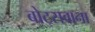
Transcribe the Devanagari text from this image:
बोट्सवाना